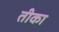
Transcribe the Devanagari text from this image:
तीका